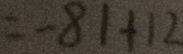
= - 8 1 + 1 2